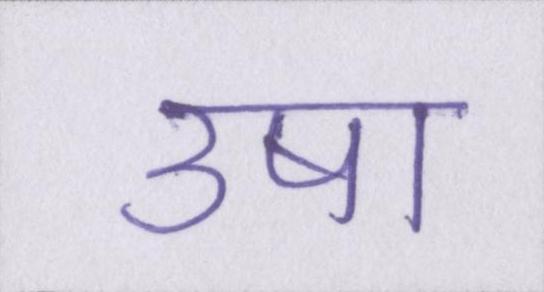
उषा